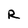
Character: R